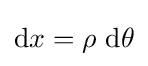
\mathrm {d} x=\rho ~\mathrm {d} \theta